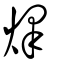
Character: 燡